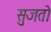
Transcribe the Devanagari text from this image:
सुजतो